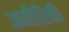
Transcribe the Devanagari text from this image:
अमीरिकी